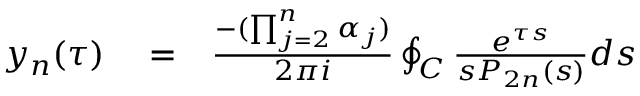
\begin{array} { r l r } { y _ { n } ( \tau ) } & { { } = } & { \frac { - ( \prod _ { j = 2 } ^ { n } \alpha _ { j } ) } { 2 \pi i } \oint _ { \cal C } \frac { e ^ { \tau s } } { s P _ { 2 n } ( s ) } d s } \end{array}